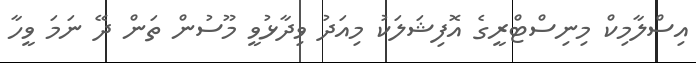
އިސްލާމިކް މިނިސްޓްރީގެ އޮފިޝަލަކު މިއަދު ވިދާޅުވީ މޫސުން ތަން ދޭ ނަމަ ވީހާ